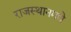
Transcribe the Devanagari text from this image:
राजस्थानमधे